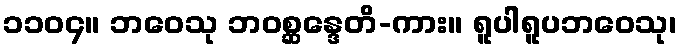
၁၁၀၄။ ဘဝေသု ဘဝစ္ဆန္ဒေတိ-ကား။ ရူပါရူပဘဝေသု၊